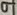
Text: 9